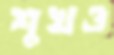
শুখও